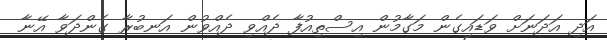
އަދި އަދަނަށް ވަޑައިގެން މަގާމުން އިސްތިއުފާ ދެއްވި ދެއްވުން އަނބުރާ ގެންދަވާ އޭނާ